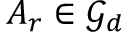
A _ { r } \in { \mathcal G } _ { d }